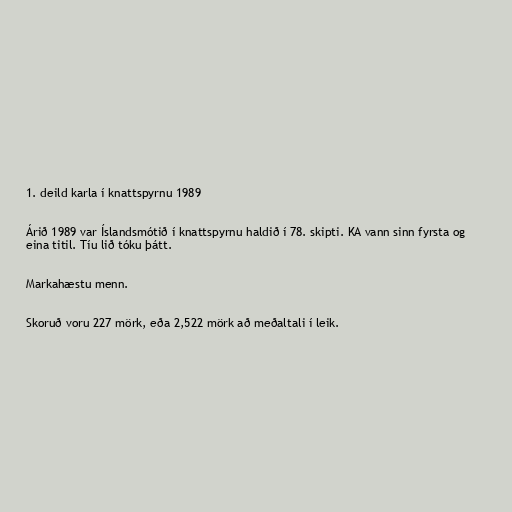
1. deild karla í knattspyrnu 1989

Árið 1989 var Íslandsmótið í knattspyrnu haldið í 78. skipti. KA vann sinn fyrsta og
eina titil. Tíu lið tóku þátt.

Markahæstu menn.

Skoruð voru 227 mörk, eða 2,522 mörk að meðaltali í leik.